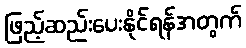
ဖြည့်ဆည်းပေးနိုင်ရန်အတွက်